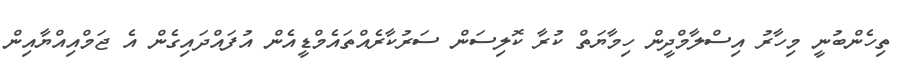
ތިހެންބުނީ މިހާރު އިސްލާމްދީން ހިމާޔަތް ކުރާ ކޮލިސަން ސަރުކާރެއްތައެމްޑީއެން އުފައްދައިގެން އެ ޖަމްއިއްޔާއިން